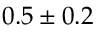
0 . 5 \pm 0 . 2